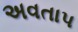
અવતાપ